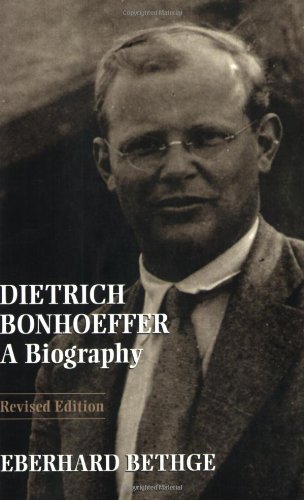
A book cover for Dietrich Bonhoeffer: A Biography; Eberhard Bethge; Biographies & Memoirs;